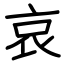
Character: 哀